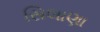
સિલાણા